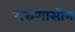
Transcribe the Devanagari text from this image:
गरुणासीन